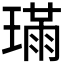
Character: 𤨸